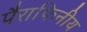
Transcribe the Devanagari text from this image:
पैराफिनीय